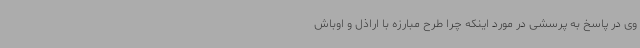
وی در پاسخ به پرسشی در مورد اینکه چرا طرح مبارزه با اراذل و اوباش